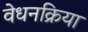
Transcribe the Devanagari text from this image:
वेधनक्रिया